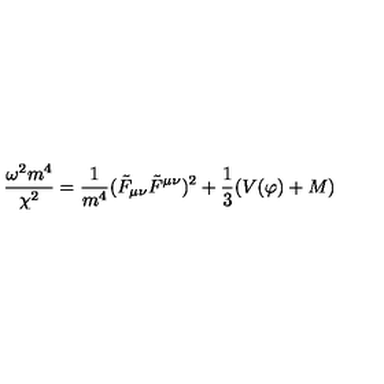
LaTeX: \frac { \omega ^ { 2 } m ^ { 4 } } { \chi ^ { 2 } } = \frac { 1 } { m ^ { 4 } } ( \tilde { F } _ { \mu \nu } \tilde { F } ^ { \mu \nu } ) ^ { 2 } + \frac { 1 } { 3 } ( V ( \varphi ) + M )